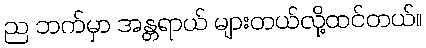
ည ဘက်မှာ အန္တရာယ် များတယ်လို့ထင်တယ်။